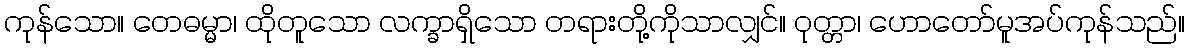
ကုန်သော။ တေဓမ္မာ၊ ထိုတူသော လက္ခာရှိသော တရားတို့ကိုသာလျှင်။ ဝုတ္တာ၊ ဟောတော်မူအပ်ကုန်သည်။